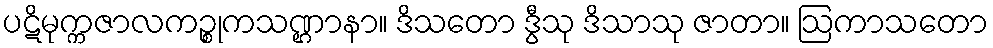
ပဋိမုက္ကဇာလကဉ္စုကသဏ္ဌာနာ။ ဒိသတော ဒွီသု ဒိသာသု ဇာတာ။ ဩကာသတော